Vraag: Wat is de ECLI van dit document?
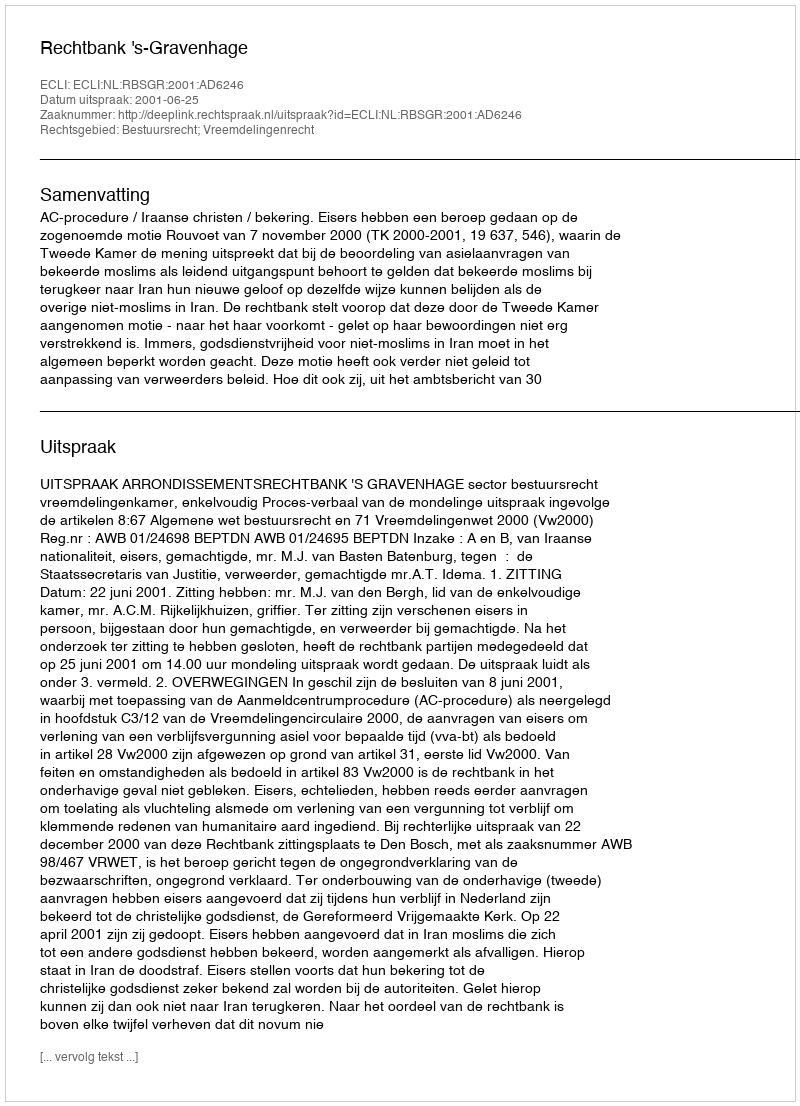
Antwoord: ECLI:NL:RBSGR:2001:AD6246